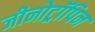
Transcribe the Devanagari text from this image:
जीनोट्रॉपिन